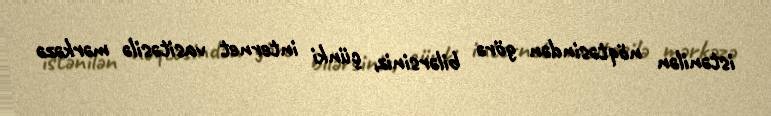
istənilən nöqtəsindən görə bilərsiniz, çünki internet vasitəsilə mərkəzə